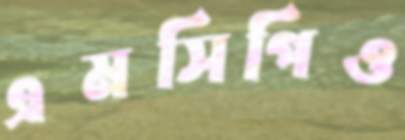
এমসিপিও